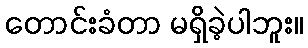
တောင်းခံတာ မရှိခဲ့ပါဘူး။